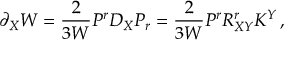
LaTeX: \partial _ { X } W = \frac { 2 } { 3 W } P ^ { r } D _ { X } P _ { r } = \frac { 2 } { 3 W } P ^ { r } { \cal R } _ { X Y } ^ { r } K ^ { Y } \, ,